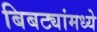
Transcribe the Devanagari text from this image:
बिबट्यांमध्ये